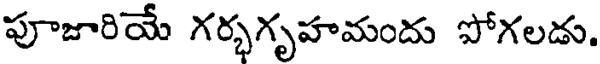
పూజారియే గర్భగృహమందు పోగలడు.